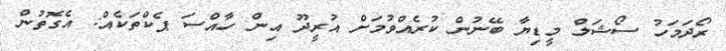
ރޯދަމަހު ސޯޝަލް މީޑިޔާ ބޭނުން ކުރެއްވުމަށް އުރީދޫ އިން ހާއްސަ ޕެކްތަކެއް: އެގޮތުން